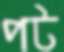
পট